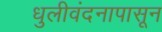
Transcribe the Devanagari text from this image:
धुलीवंदनापासून